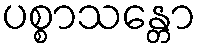
ပစ္စာသန္တော